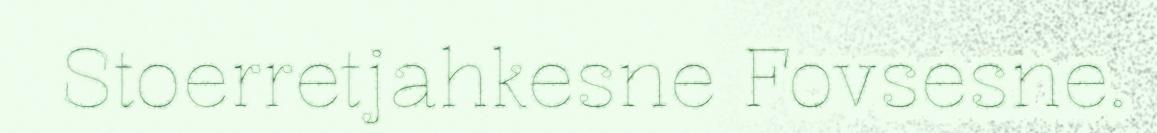
Stoerretjahkesne Fovsesne.